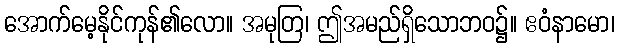
အောက်မေ့နိုင်ကုန်၏လော။ အမုတြ၊ ဤအမည်ရှိသောဘဝ၌။ ဧဝံနာမော၊